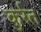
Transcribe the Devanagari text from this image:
कुर्रत